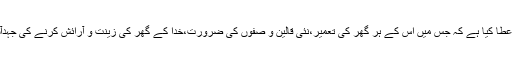
خدا نے کیسا رحمتوں والا مہینہ عطا کیا ہے کہ جس میں اُس کے ہر گھر کی تعمیر،نئی قالین و صفوں کی ضرورت،خدا کے گھر کی زینت و آرائش کرنے کی جہدآسمان سے باتیں کرنے لگتی ہے۔